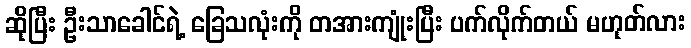
ဆိုပြီး ဦးသာခေါင်ရဲ့ ခြေသလုံးကို တအားကျုံးပြီး ပက်လိုက်တယ် မဟုတ်လား